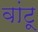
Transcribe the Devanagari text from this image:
वांटू